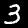
Digit: 3